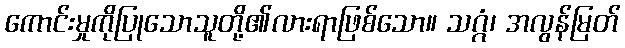
ကောင်းမှုကိုပြုသောသူတို့၏လားရာဖြစ်သော။ သဂ္ဂံ၊ အလွန်မြတ်